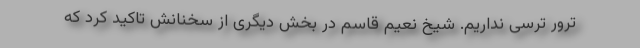
ترور ترسی نداریم. شیخ نعیم قاسم در بخش دیگری از سخنانش تاکید کرد که